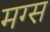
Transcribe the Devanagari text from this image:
मग्स